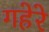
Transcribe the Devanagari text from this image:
गहेरे